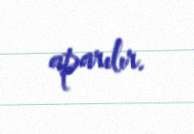
aparılır.